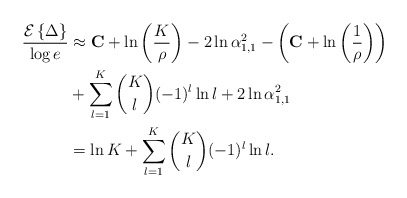
\begin{align*}\frac{\mathcal{E}\left\{\Delta\right\}}{\log e}& \approx \mathbf{C}+\ln\left(\frac{K}{\rho }\right) -2\ln \alpha^2_{1,1} - \left(\mathbf{C}+\ln\left(\frac{1}{\rho }\right)\right) \\ &+ \sum^{K}_{l=1}{K \choose l}(-1)^l \ln l +2 \ln \alpha_{1,1}^2\\ &= \ln K + \sum^{K}_{l=1}{K \choose l}(-1)^l \ln l .\end{align*}